Insane asylums in Bengal annual reports 1876-1887 - 1876-1887
Year: 1876
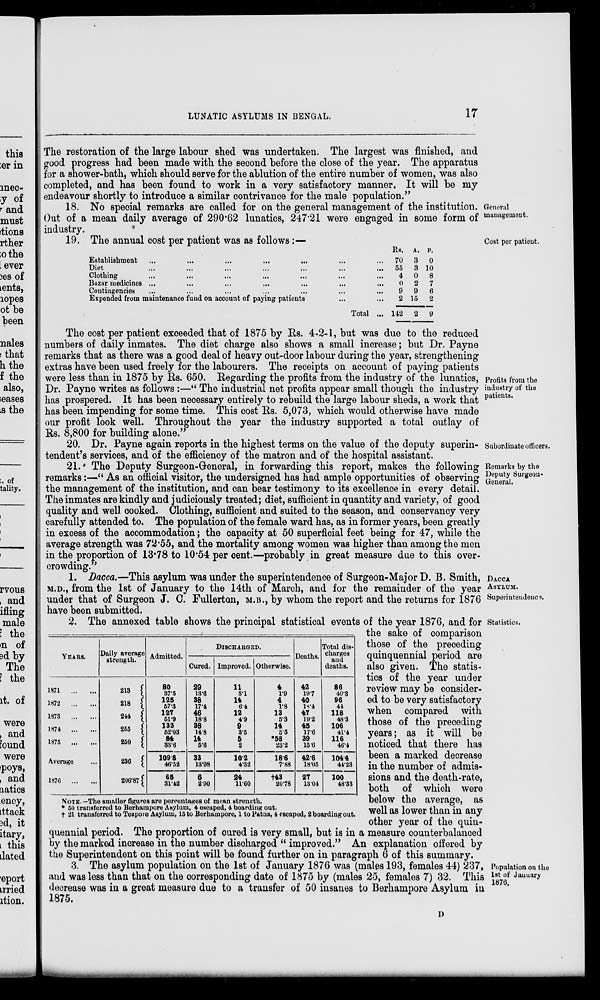
LUNATIC ASYLUMS IN BENGAL.
17
The restoration of the large labour shed was undertaken. The largest was finished, and
good progress had been made with the second before the close of the year. The apparatus
for a shower-bath, which should serve for the ablution of the entire number of women, was also
completed, and has been found to work in a very satisfactory manner. It will be my
endeavour shortly to introduce a similar contrivance for the male population.”
General
management.
18. No special remarks are called for on the general management of the institution.
Out of a mean daily average of 290.62 lunatics, 247.21 were engaged in some form of
industry.
Cost per patient.
19. The annual cost per patient was as follows:—
Establishment ... ... ... ... ... ... ...
Diet ... ... ... ... ... ... ...
Clothing ... ... ... ... ... ... ...
Bazar medicines ... ... ... ... ... ... ...
Contingencies ... ... ... ... ... ... ...
Expended from maintenance fund on account of paying patients ... ...
Total ...
Rs.
70
55
4
0
9
2
142
A.
3
3
0
2
9
15
2
P.
0
10
8
7
6
2
9
Profits from the
industry of the
patients.
The cost per patient exceeded that of 1875 by Rs. 4-2-1, but was due to the reduced
numbers of daily inmates. The diet charge also shows a small increase; but Dr. Payne
remarks that as there was a good deal of heavy out-door labour during the year, strengthening
extras have been used freely for the labourers. The receipts on account of paying patients
were less than in 1875 by Rs. 650. Regarding the profits from the industry of the lunatics,
Dr. Payne writes as follows:—“ The industrial net profits appear small though the industry
has prospered. It has been necessary entirely to rebuild the large labour sheds, a work that
has been impending for some time. This cost Rs. 5,073, which would otherwise have made
our profit look well. Throughout the year the industry supported a total outlay of
Rs. 8,800 for building alone.”
Subordinate officers.
Remarks by the
Deputy Surgeon-
General.
20. Dr. Payne again reports in the highest terms on the value of the deputy superin-
tendent's services, and of the efficiency of the matron and of the hospital assistant.
21. The Deputy Surgeon-General, in forwarding this report, makes the following
remarks:—“ As an official visitor, the undersigned has had ample opportunities of observing
the management of the institution, and can bear testimony to its excellence in every detail.
The inmates are kindly and judiciously treated; diet, sufficient in quantity and variety, of good
quality and well cooked. Clothing, sufficient and suited to the season, and conservancy very
carefully attended to. The population of the female ward has, as in former years, been greatly
in excess of the accommodation; the capacity at 50 superficial feet being for 47, while the
average strength was 72.55, and the mortality among women was higher than among the men
in the proportion of 13.78 to 10.54 per cent.—probably in great measure due to this over-
crowding.”
DACCA.
ASYLUM.
Superintendence.
1. Dacca.—This asylum was under the superintendence of Surgeon-Major D. B. Smith,
M.D., from the 1st of January to the 14th of March, and for the remainder of the year
under that of Surgeon J. C. Fullerton, M.B., by whom the report and the returns for 1876
have been submitted.
Statistics.
YEARS.
1871
...
...
1872
...
...
1873
...
...
1874
...
...
1875
...
...
Average ...
1876
...
...
Daily average
strength.
213
218
244
255
250
236
206.87
Admitted.
80
37.5
125
57.3
127
51.9
133
52.03
84
33.6
109.8
46.52
65
31.42
DISCHARGED.
Cured.
29
13.6
38
17.4
46
18.8
38
14.8
14
5.6
33
13.98
6
2.90
Improved.
11
5.1
14
6.4
12
4.9
9
3.5
5
2
10.2
4.32
24
11.60
Otherwise.
4
1.9
4
1.8
13
5.3
14
5.5
*58
23.2
18.6
7.88
†43
20.78
Deaths.
42
19.7
40
l8.4
47
19.2
45
17.6
39
15.6
42.6
18.05
27
13.04
Total dis-
charges
and
deaths.
86
40.3
96
44
118
48.3
106
41.4
116
46.4
104.4
44.23
100
48.33
NOTE.-The smaller figures are percentages of mean strength.
* 50 transferred to Berhampore Asylum, 4 escaped, 4 boarding out.
† 21 transferred to Tezpore Asylum, 15 to Berhampore, 1 to Patna, 4 escaped, 2 boarding out.
2. The annexed table shows the principal statistical events of the year 1876, and for
the sake of comparison
those of the preceding
quinquennial period are
also given. The statis-
tics of the year under
review may be consider-
ed to be very satisfactory
when compared with
those of the preceding
years; as it will be
noticed that there has
been a marked decrease
in the number of admis-
sions and the death-rate,
both of which were
below the average, as
well as lower than in any
other year of the quin-
quennial period. The proportion of cured is very small, but is in a measure counterbalanced
by the marked increase in the number discharged “ improved.” An explanation offered by
the Superintendent on this point will be found further on in paragraph 6 of this summary.
Population on the
1st of January
1876.
3. The asylum population on the 1st of January 1876 was (males 193, females 44) 237,
and was less than that on the corresponding date of 1875 by (males 25, females 7) 32. This
decrease was in a great measure due to a transfer of 50 insanes to Berhampore Asylum in
1875.
D